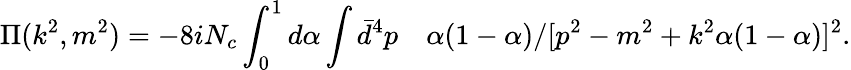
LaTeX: \Pi(k^{2},m^{2})=-8iN_{c}\int_{0}^{1}d\alpha\int\bar{d}^{4}p\quad\alpha(1-\alpha)/[p^{2}-m^{2}+k^{2}\alpha(1-\alpha)]^{2}.